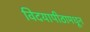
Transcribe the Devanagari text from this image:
विदयापीठामधून